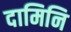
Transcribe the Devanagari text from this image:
दामिनि